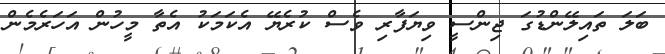
ބަލަ ތައިލޭންޑުގަ ޖިންސީ ވިޔަފާރި ވެސް ކުރެޔޭ އެކަމަކު އެތާ މީހުން އަހަރެމެން